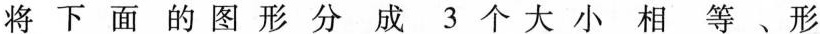
将下面的图形分成3个大小相等、形